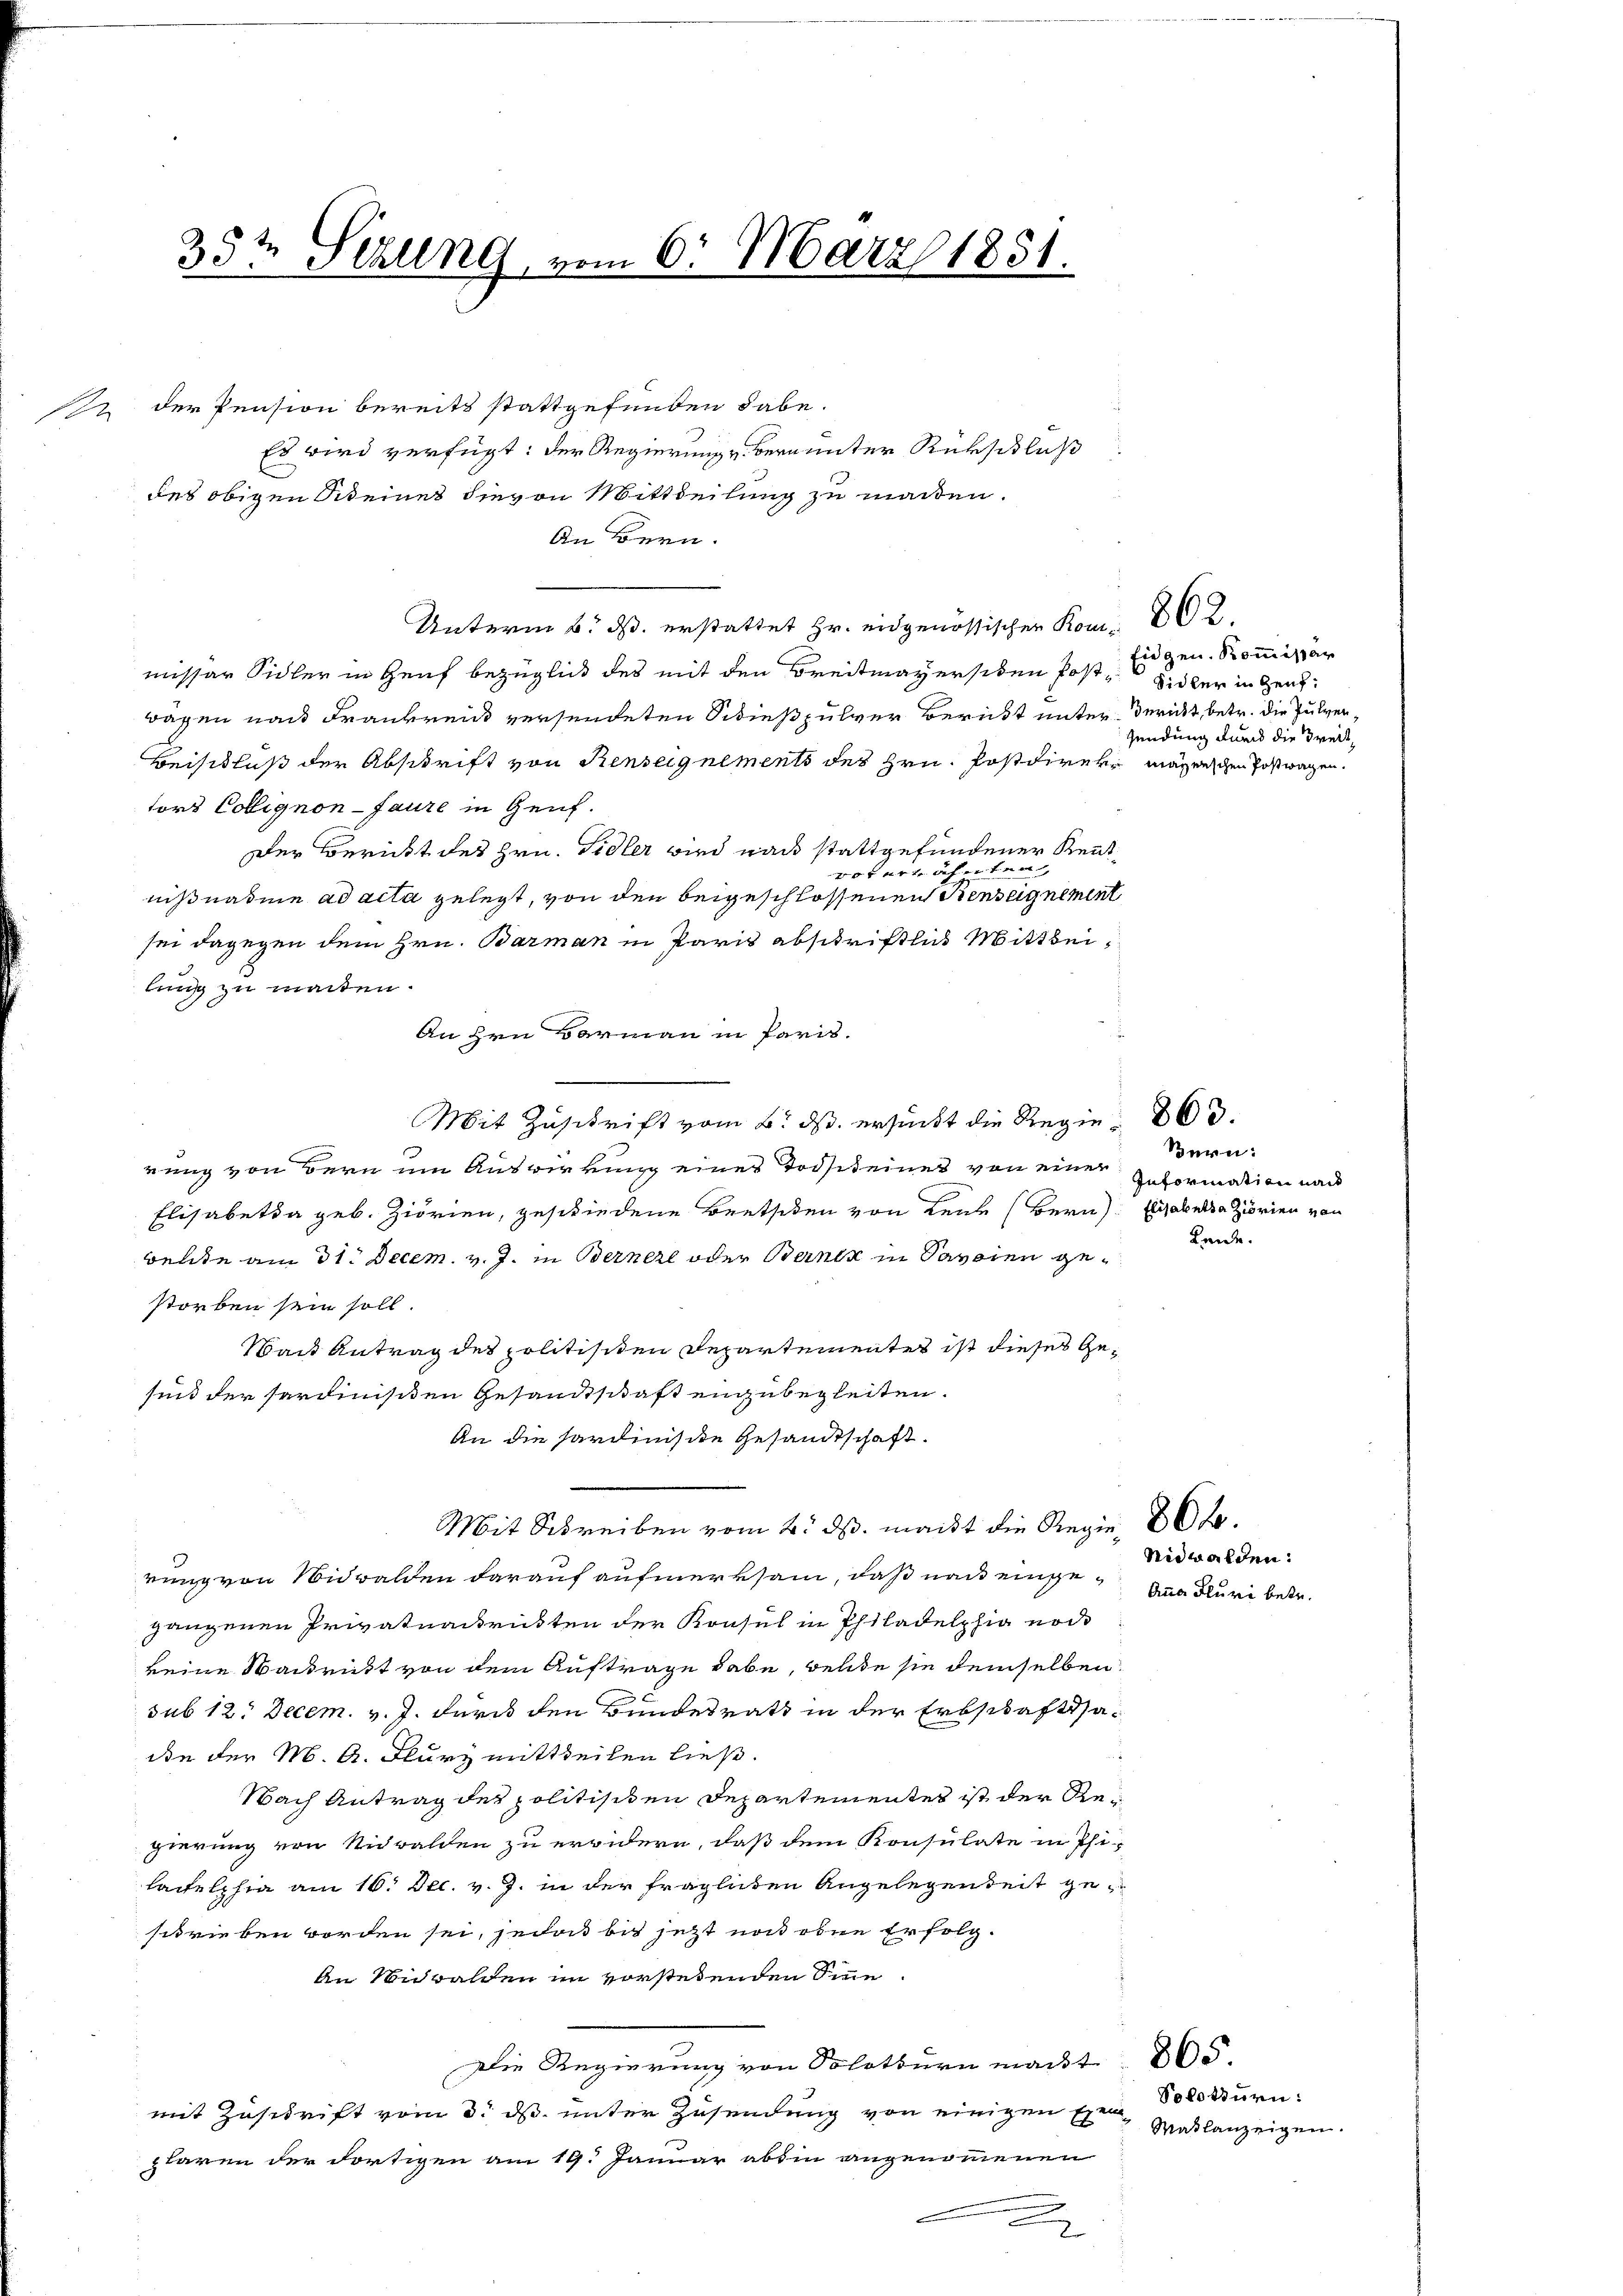
35t Sezung, vom 6. März 1831.

der Pension bereits stattgefunden habe.
Es wird verfügt: der Regierung u. Berannter Rückschluß
des obigen Steines dievon Mittheilung zu machen.
An Bern.
Unterm 6. ds. erstattet Hr. eidgenössischer Kom- 802.
missar Sidler in Genf bezüglich des mit den Breitmayersiden Post- Sidler in Genzwägen nach Frankreis versendeten Schießpulver Beruht unter derückt, betr. die Pulver¬
Beischluß der Abschrift von Renseignements des Hrn. Postdirer magenschen Postwagen.
tors Collignon-Jaure in Genf.
Der Bericht des Hrn. Sidler wird nach stattgefundener Rentoernährten
nißnahme ad acta gelegt, von den beigeschlossenen Renseignement
sei dagegen dem Hrn. Barman in Paris abschriftlich Mittheilung zu machten.
An Hrn. Barmann in Paris.
Mit Zuschrift vom 6. ds. ersucht die Regie 800.
rung von Bern um Auswirkung eines Todsteines von einer geformation nach
Elisabetha geb. Ziorien, geschiedene Bretsiden von Leute (Bern Elisabelsa Ziorien von
belte am 31. Decem. v. J. in Bernere oder Bernen in Passien gestorben sein soll.
Wand Antrag des politisiten Departementes ist dieses Gesind der serdinisten Gesandtschaft einzubegleiten.
An die Sardiniste Gesandtschaft.
Mit Schreiben vom 2. ds. macht die Regie 20fr.
rung von Nidwalden darauf aufmerksam, daß nach eingegangenen Privatnactrickten der Konsul in Philadelphia noc
keine Waidrückt von dem Auftrage habe, welde sie demselben
sub 12. Decem. v. J. Furch den Bundesrath in der Erbschaftssadin der M. A. Flurz mittheilen ließ.
Nach Antrag der politisiten Departementes ist der Regierung von Nidwalden zu erwidern, daß dem Konsulate in Phi-
lactelphia am 16. Dec. v. J. in der fraglichen Angelegenheit gesctrieben worden sei, jedat bis jetzt noch ohne Erfolg¬
An Nidwalden im vorstehenden Sinne
Die Regierung von Solothurn macht 805.
mit Zuschrift vom 3. ds. unter Zusendung von einigen Exemplaren der dortigen am 19. Januar absin angenommenen

2

Eidgen. Kommissär
sendung durch die Kreis¬

Bern:

Lande.

Nidwalden.
Anna Fluri betr.

Solothurn:
Matlanzeigen